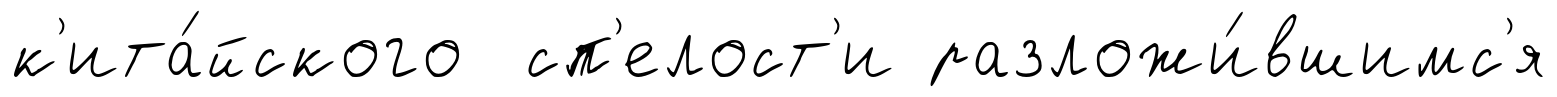
к'ита́йского сп'елост'и разложи́вшимс'я